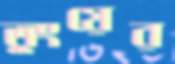
তুংয়ের